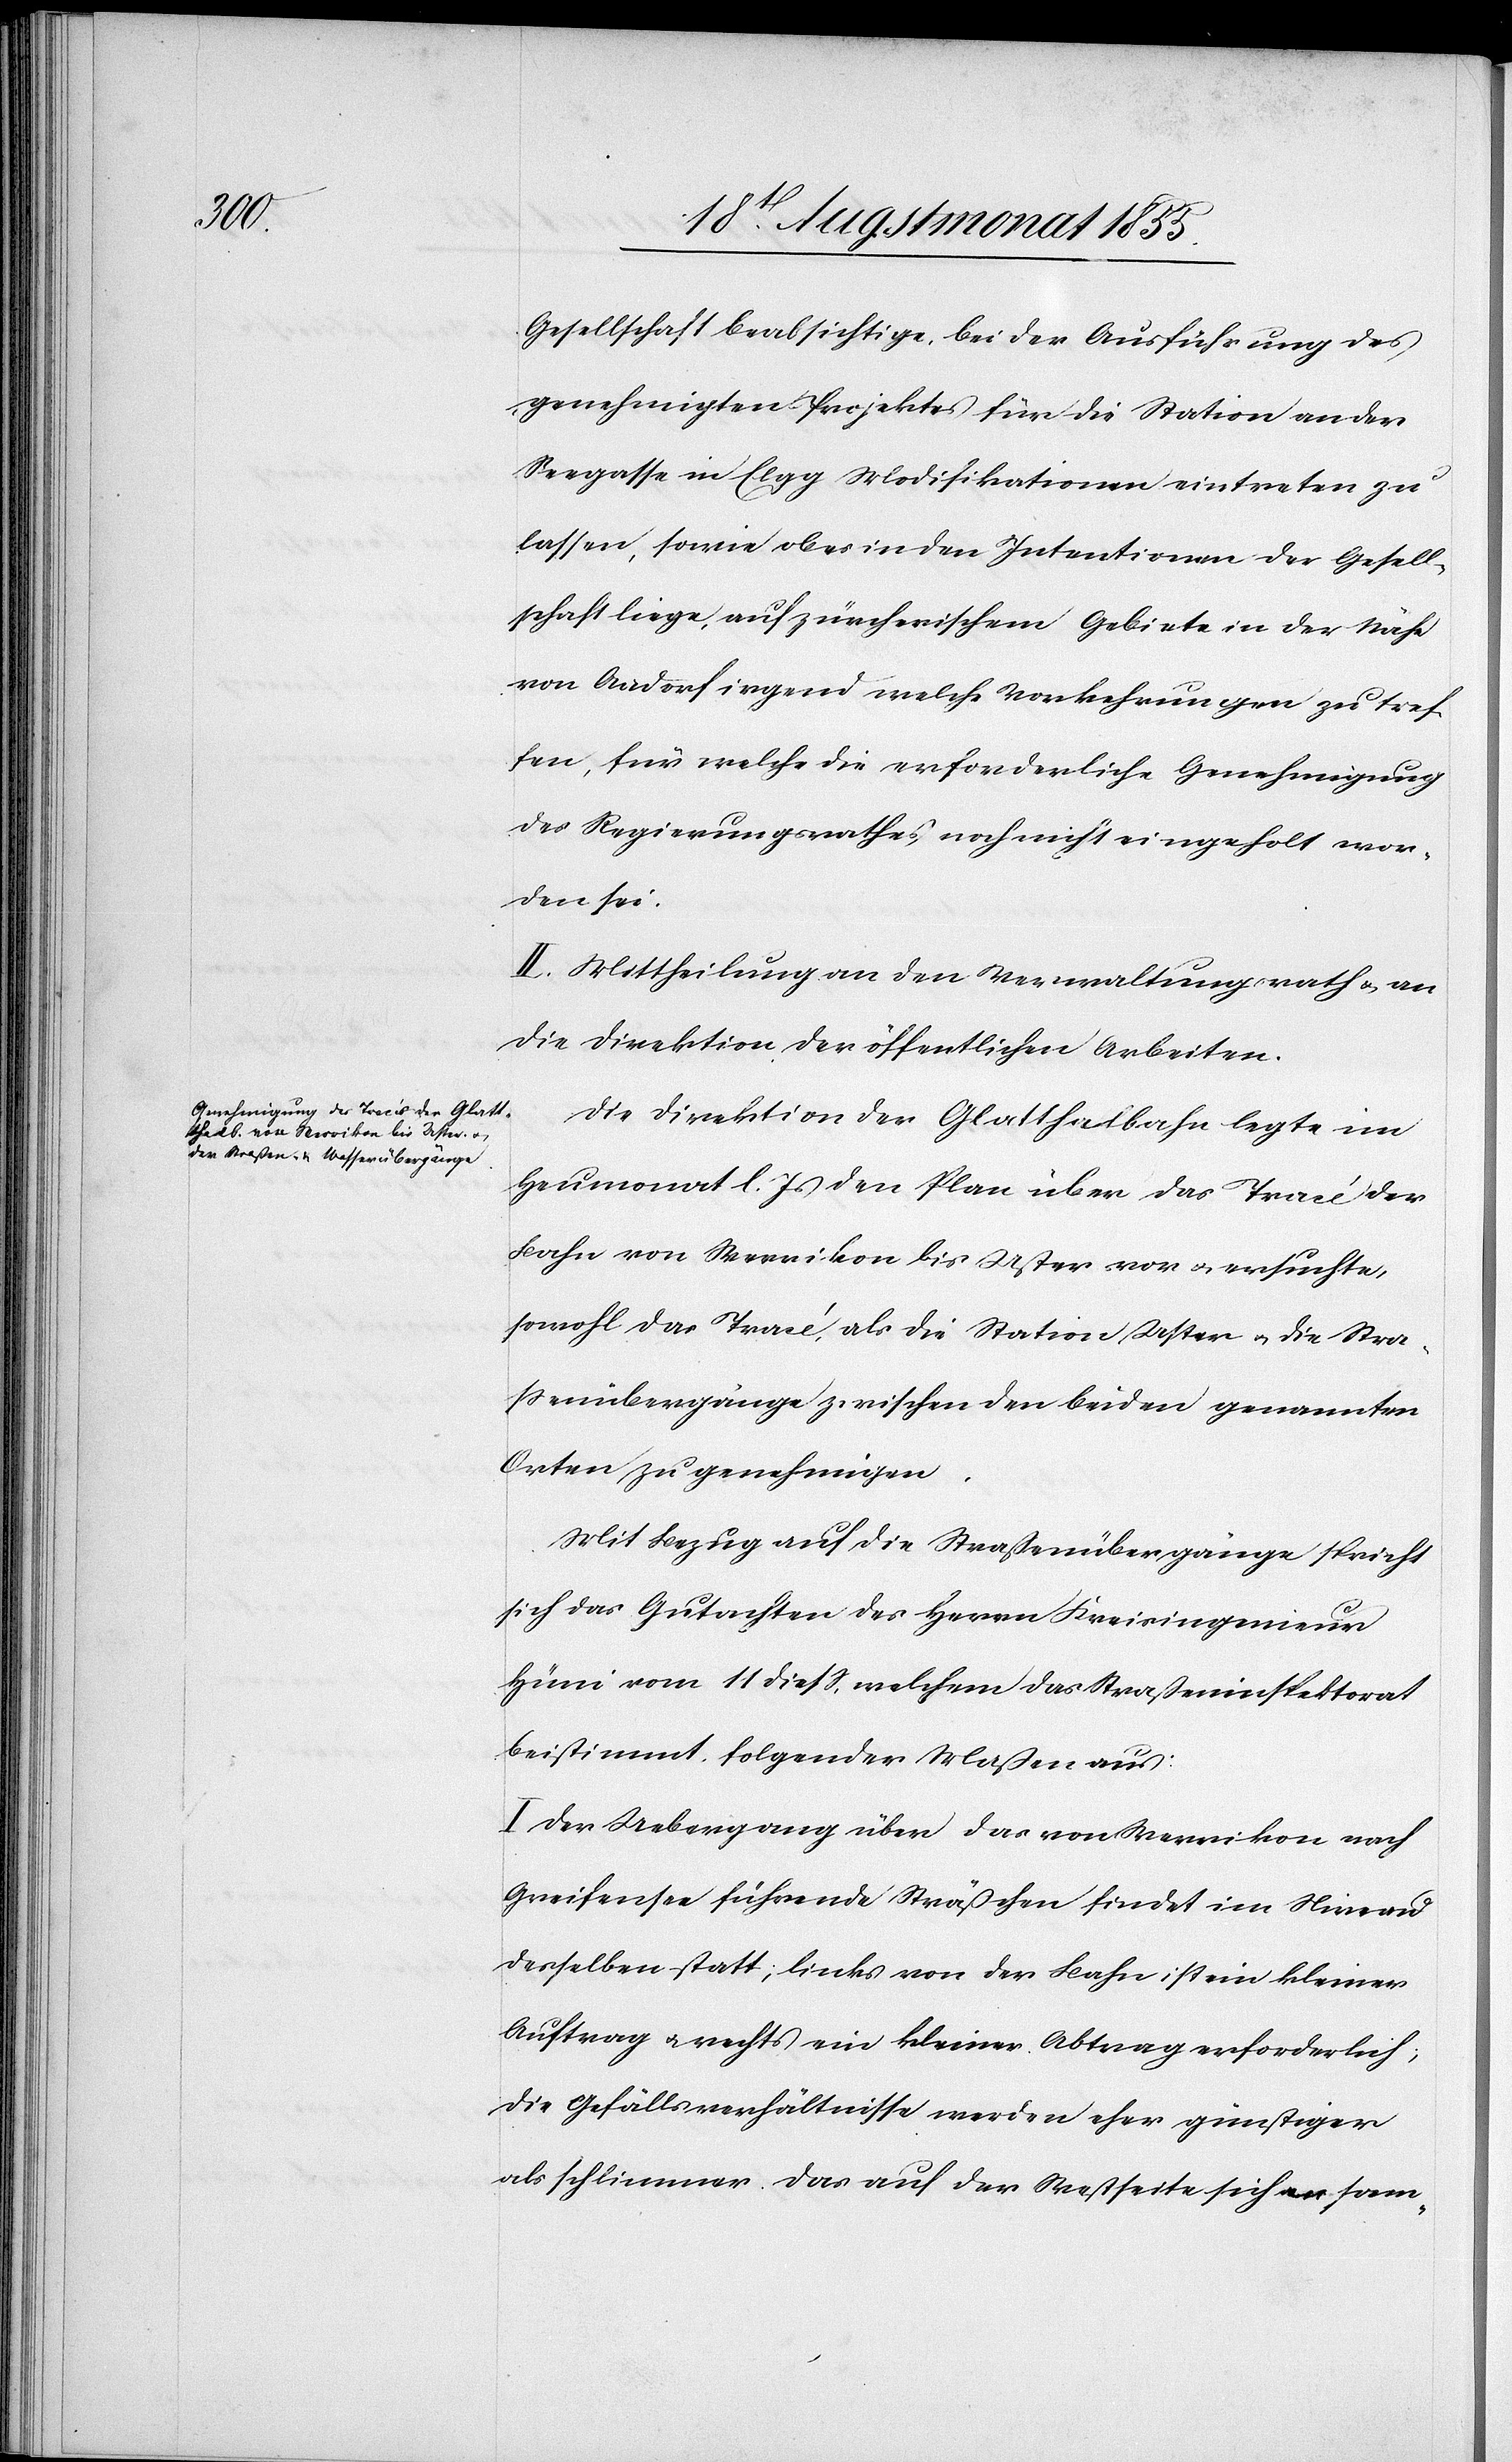
Gesellschaft beabsichtige, bei der Ausführung des
genehmigten Projektes für die Station an der
Seegasse in Elgg Modifikationen eintreten zu
lassen, sowie ob es in den Intentionen der Gesell¬
schaft liege, auf zürcherischem Gebiete in der Nähe
von Aadorf irgend welche Vorkehrungen zu tref¬
fen, für welche die erforderliche Genehmigung
des Regierungsrathes noch nicht eingeholt wor¬
den sei.
II. Mittheilung an den Verwaltungsrath & an
die Direktion der öffentlichen Arbeiten.
Die Direktion der Glatthalbahn legte im
Heumonat l. Js den Plan über das Tracé der
Bahn von Werrikon bis Uster vor & ersuchte,
sowohl das Tracé, als die Station Uster & die Stra¬
ssenübergänge zwischen den beiden genannten
Orten zu genehmigen.
Mit Bezug auf die Straßenübergänge spricht
sich das Gutachten des Herrn Kreisingenieur
Hüni vom 11 diess, welchem das Straßeninspektorat
beistimmt, folgender Maßen aus:
I Der Uebergang über das von Werrikon nach
Greifensee führende Sträßchen findet im Niveau
desselben statt; links von der Bahn ist ein kleiner
Auftrag & rechts ein kleiner Abtrag erforderlich;
die Gefällsverhältnisse werden eher günstiger
als schlimmer. Das auf der Westseite sich a-an-a sam-